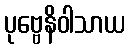
ပုဗ္ဗေနိဝါသာယ